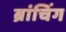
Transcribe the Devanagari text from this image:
ब्रांचिंग